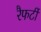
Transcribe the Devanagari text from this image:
रैफर्टी